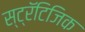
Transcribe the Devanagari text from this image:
स्ट्रॅटिजिक